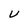
Character: U